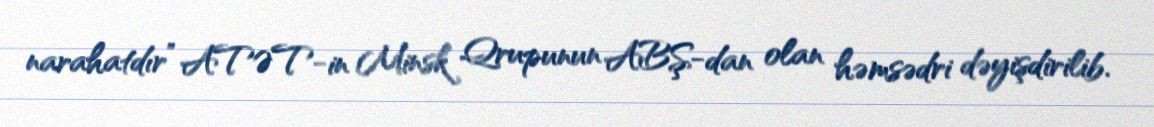
narahatdır” ATƏT-in Minsk Qrupunun ABŞ-dan olan həmsədri dəyişdirilib.